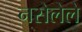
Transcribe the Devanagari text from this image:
नसेलेले